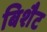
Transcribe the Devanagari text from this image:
बिशैट